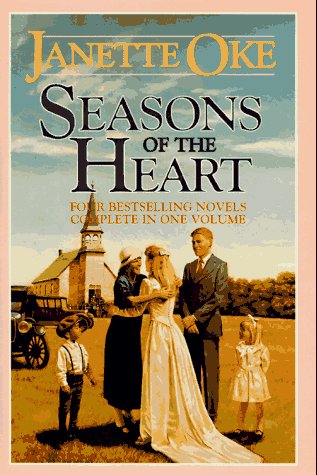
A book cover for Once Upon a Summer/The Winds of Autumn/Winter is Not Forever/Spring's Gentle Promise (Seasons of the Heart 1-4); Janette Oke; Literature & Fiction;